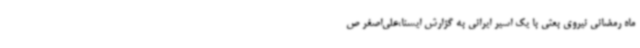
ماه رمضانی نیروی بعثی با یک اسیر ایرانی به گزارش ایسنا،علی‌اصغر ص